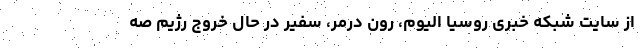
از سایت شبکه خبری روسیا الیوم، رون درمر، سفیر در حال خروج رژیم صه